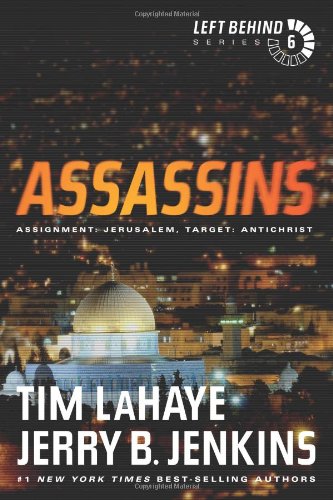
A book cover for Assassins: Assignment: Jerusalem, Target: Antichrist (Left Behind #6); Tim LaHaye; Christian Books & Bibles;